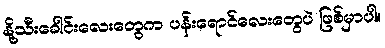
နို့သီးခေါင်းလေးတွေက ပန်းရောင်လေးတွေပဲ ဖြစ်မှာပါ။